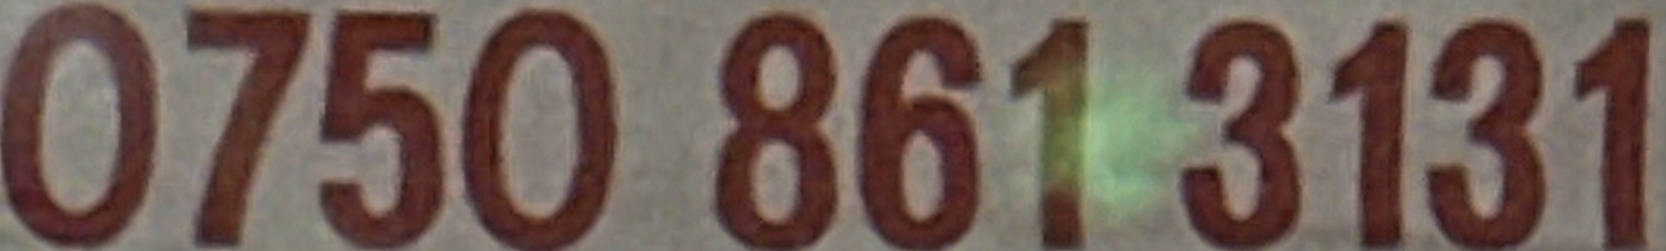
0750 861 3131